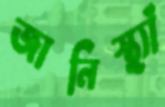
জানিস্থ্যাঁ